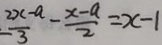
\frac { 2 x - a } { 3 } - \frac { x - a } { 2 } = x - 1